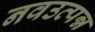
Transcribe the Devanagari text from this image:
नवउत्पन्न